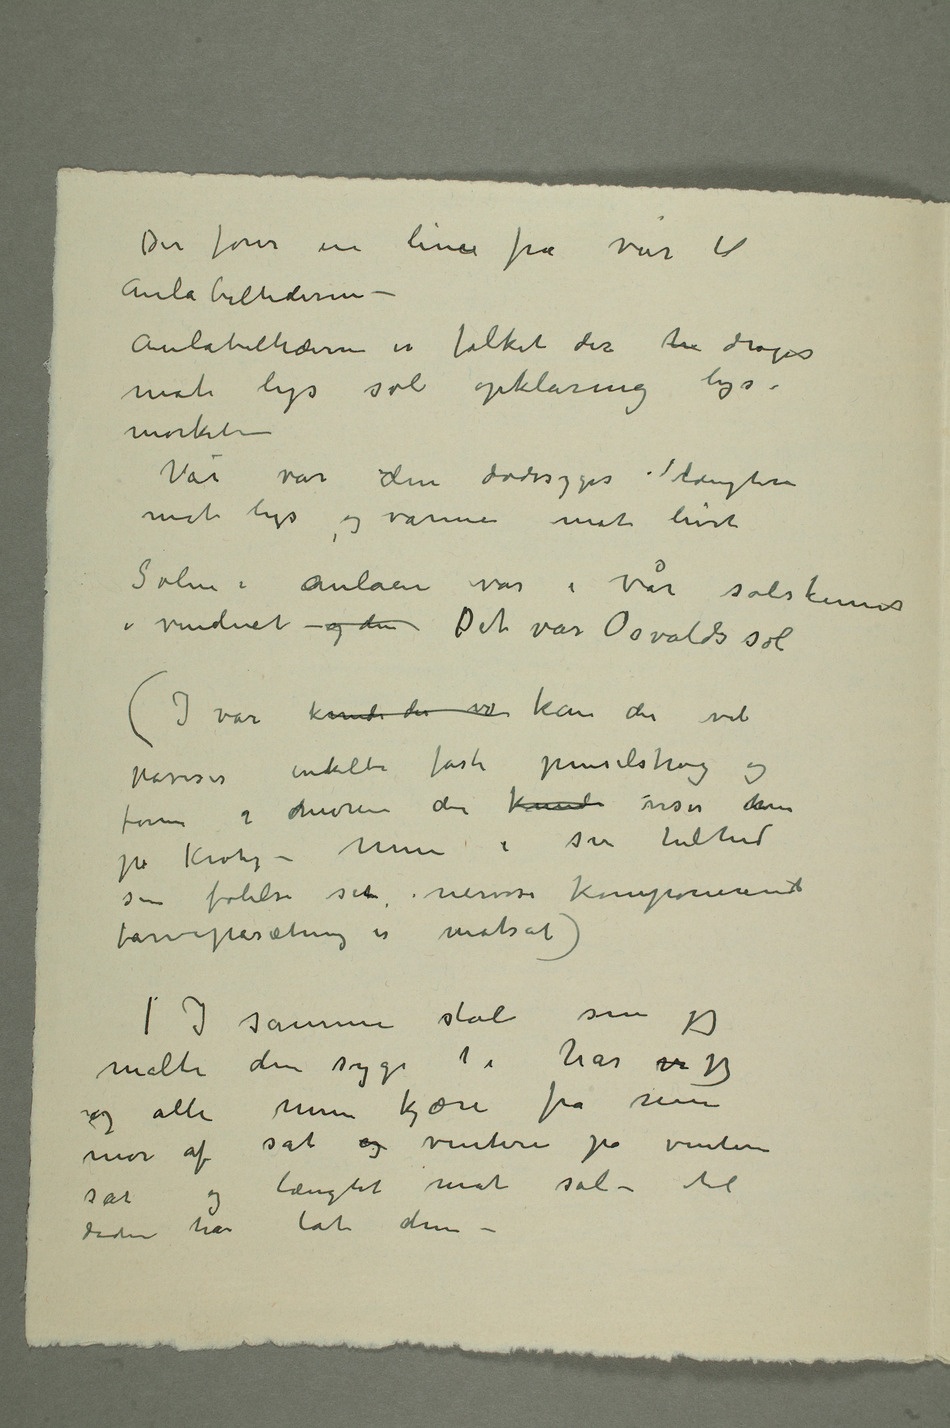
Der fører en linie fra vår til
Aulabillederne –
Aulabillederne er folket der h drages
mot lys sol opklaring lys i
mørketiden
Vår var den dødssyges længten
mot lys og varme mot livet
i vinduet – og den Det var Osvalds sol
(I vår kunde der v kan der vel
farve i moren der kunde viser hen
på Krohg – Men i sin helhed
sin følelse sit nervøse komponerende
farvepåsætning er motsat)
I samme stol som jeg
malte den syge i har vi jeg
og alle mine kjære fra min
mor af sat og vintere på vintere
sat og længtet mot sol – til
døden har tat dem –